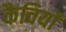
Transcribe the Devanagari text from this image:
कैचियों